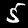
Label: 5